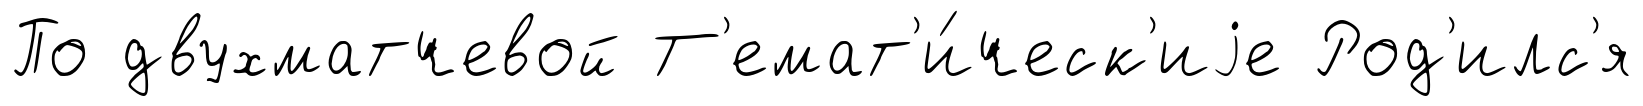
По двухматчевой Т'емат'и́ческ'иjе Род'илс'я